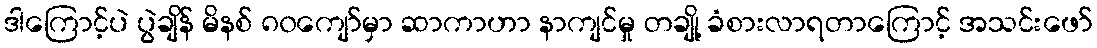
ဒါကြောင့်ပဲ ပွဲချိန် မိနစ် ၈၀ကျော်မှာ ဆာကာဟာ နာကျင်မှု တချို့ ခံစားလာရတာကြောင့် အသင်းဖော်